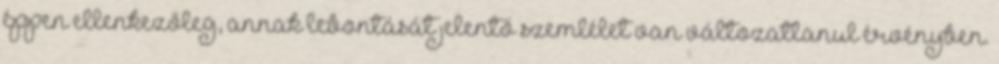
éppen ellenkezőleg, annak lebontását jelentő szemlélet van változatlanul érvényben.